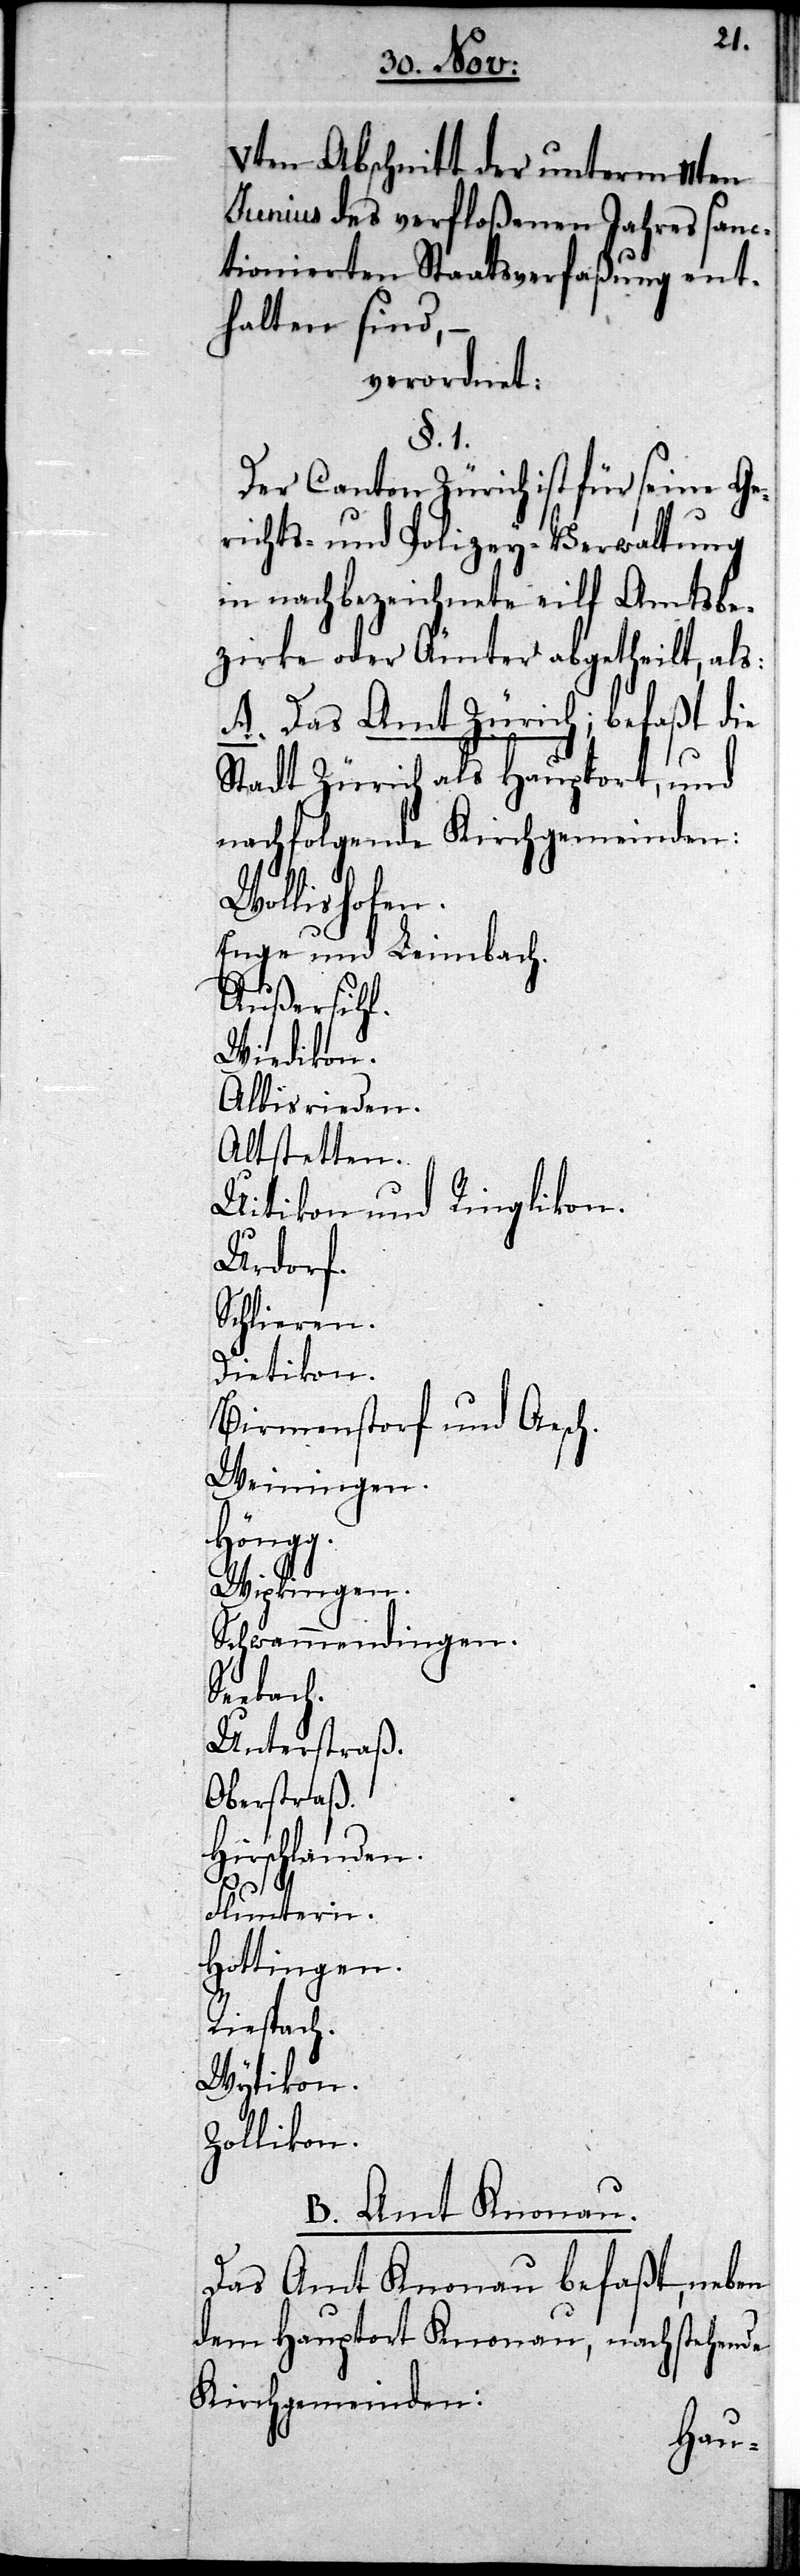
Vten Abschnitt der unterm 11ten
Junius des verfloßenen Jahres sanc¬
tionierten Staatsverfaßung ent¬
halten sind,
verordnet:
§. 1.
Der Canton Zürich ist für seine Ge¬
richts- und Polizey-Verwaltung
in nachbezeichnete eilf Amtsbe¬
zirke oder Ämter abgetheilt, als:
A. Das Amt Zürich; befaßt die
Stadt Zürich als Hau¬
und
nachfolgende Kirchgemeinden:
Wollishofen.
Enge und Leimbach.
Außersihl.
Wiedikon.
Albisrieden.
Altstetten.
Uitikon und Ringl¬
Urdorf.
Schlieren.
Dietikon.
Birmenstorf und A¬
Weiningen.
Höngg.
Wipkingen.
Schwammendingen.
Seebach.
Unterstraß.
Oberstraß.
Hirschlanden.
esch.
Fluntern.
Hottingen.
Riespach.
Wytikon.
Zollikon.
B. Amt Knonau.
Das Amt Knonau befaßt, neben
dem Hauptort Knonau, nachstehende
Kirchgemeinden: